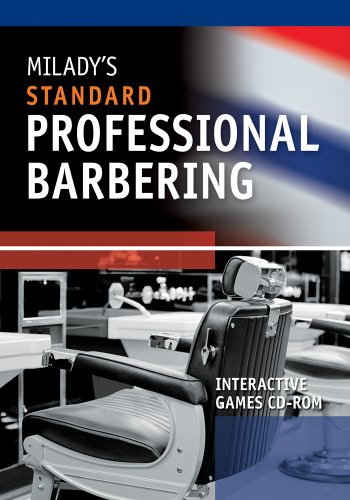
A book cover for Milady's Standard Professional Barbering Interactive Games CD-ROM; Milady; Health, Fitness & Dieting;